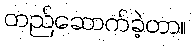
တည်ဆောက်ခဲ့တာ။